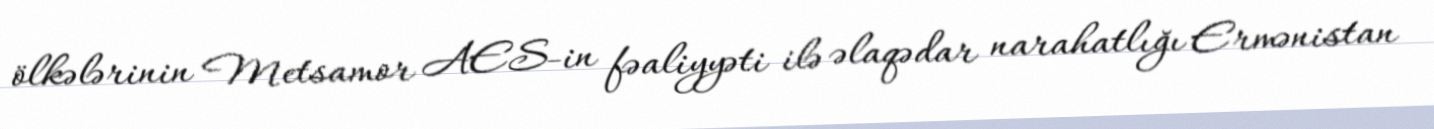
ölkələrinin Metsamor AES-in fəaliyyəti ilə əlaqədar narahatlığı Ermənistan